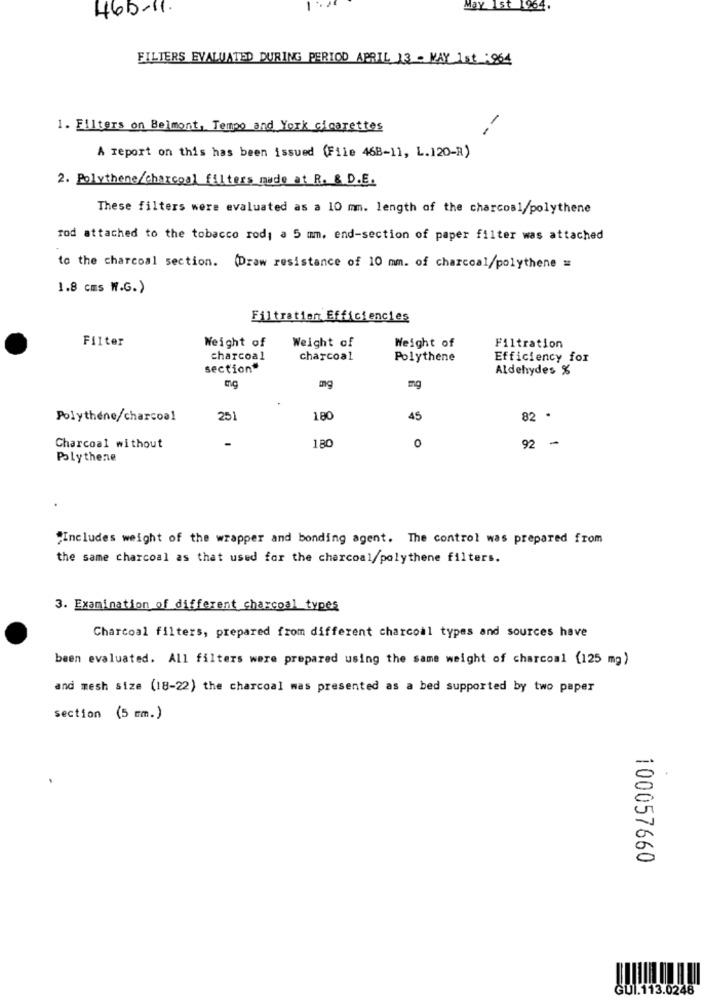
465-11.
May 1st 1964.
FILTERS EVALUATED DURING PERIOD APRIL 13 - MAY 1st : 964
1. Filters on Belmont, Tempo and York cigarettes
--
A report on this has been issued (File 468-11, L.120-R)
2. Polythene/charcoal filters made at R. & D.E.
These filters were evaluated as a 10 mm. length of the charcoal/polythene
rod attached to the tobacco rod; a 5 mm. end-section of paper filter was attached
to the charcoal section. (Draw resistance of 10 mm. of charcoal/polythene =
1.8 cms W.G.)
Filtration Efficiencies
Filter
Weight of
Weight of
Weight of
Filtration
charcoal
charcoal
Polythene
Efficiency for
section"
Aldehydes %
mg
Polythene/charcoal
251
180
45
82 .
180
O
Charcoal without
92 -
Polythene
"Includes weight of the wrapper and bonding agent. The control was prepared from
the same charcoal as that used for the charcoal/polythene filters.
3. Examination of different charcoal types
Charcoal filters, prepared from different charcoal types and sources have
been evaluated. All filters were prepared using the same weight of charcoal [125 mg)
and mesh size (18-22) the charcoal mas presented as a bed supported by two paper
section (5 mm.)
100057660
GUI.113.0248